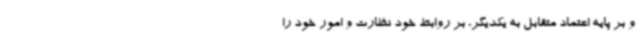
و بر پایه اعتماد متقابل به یکدیگر، بر روابط خود نظارت و امور خود را